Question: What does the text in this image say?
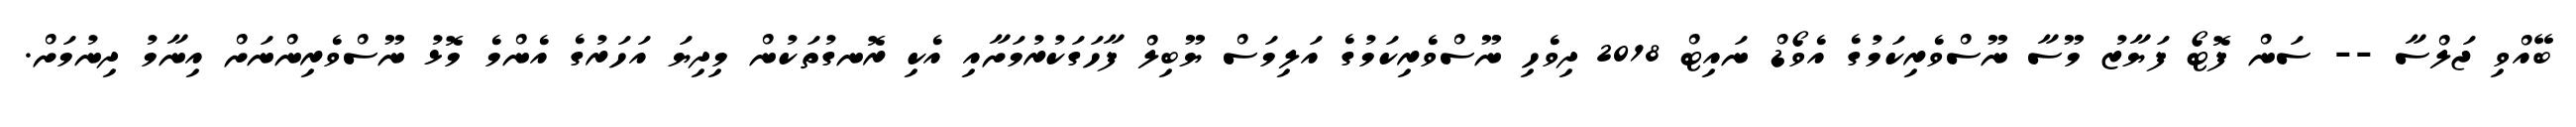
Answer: ބޭއްވި ޖަލްސާ -- ސަން ފޮޓޯ ފަޔާޒު މޫސާ ނޫސްވެރިކަމުގެ އެވޯޑް ނައިޓް 2018 ދިވެހި ނޫސްވެރިކަމުގެ އަލިމަސް ޔޫބިލް ފާހަގަކުރުމަށާއި އެކި ރޮނގުތަކުން މިދިޔަ އަހަރުގެ އެންމެ މޮޅު ނޫސްވެރިންނަށް އިނާމު ދިނުމަށް.